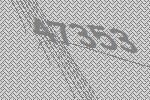
47353